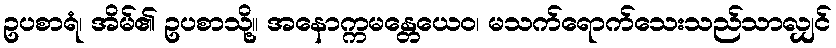
ဥပစာရံ၊ အိမ်၏ ဥပစာသို့။ အနောက္ကမန္တေယေဝ၊ မသက်ရောက်သေးသည်သာလျှင်